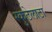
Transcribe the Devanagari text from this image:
स्कुटेलाटा